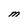
Character: M